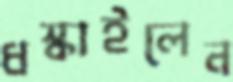
ধস্‌কাইলেন